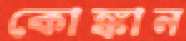
কোঙ্কান